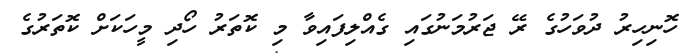
ހޮނިހިރު ދުވަހުގެ ރޭ ޖަރުމަނުގައި ގެއްލިފައިވާ މި ކޮތަރު ހޯދި މީހަކަށް ކޮތަރުގެ